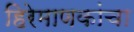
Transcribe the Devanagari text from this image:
हिरेमाणकांचा